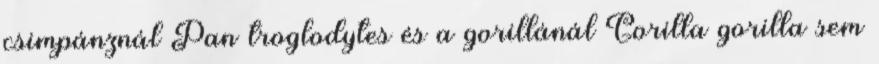
csimpánznál Pan troglodytes és a gorillánál Gorilla gorilla sem